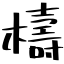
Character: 檮